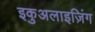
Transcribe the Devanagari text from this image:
इकुअलाइज़िंग